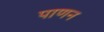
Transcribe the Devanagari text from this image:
पाणन